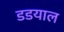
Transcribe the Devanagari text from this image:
डडयाल